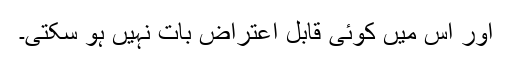
اور اس میں کوئی قابل اعتراض بات نہیں ہو سکتی۔